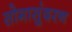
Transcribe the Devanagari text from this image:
सोमासुंदरन